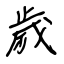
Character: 歲